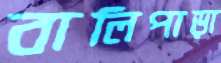
বালিপাড়া